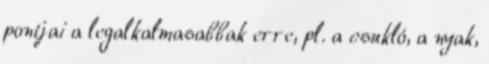
pontjai a legalkalmasabbak erre, pl. a csukló, a nyak,